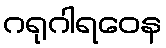
ဂရုဂါရဝေန